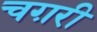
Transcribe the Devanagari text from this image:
चग़री